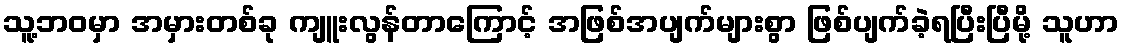
သူ့ဘဝမှာ အမှားတစ်ခု ကျူးလွန်တာကြောင့် အဖြစ်အပျက်များစွာ ဖြစ်ပျက်ခဲ့ရပြီးပြီမို့ သူဟာ